65_HS1-834228961_62-HQ-83894_Section_5
Agency: FBI
Page 72
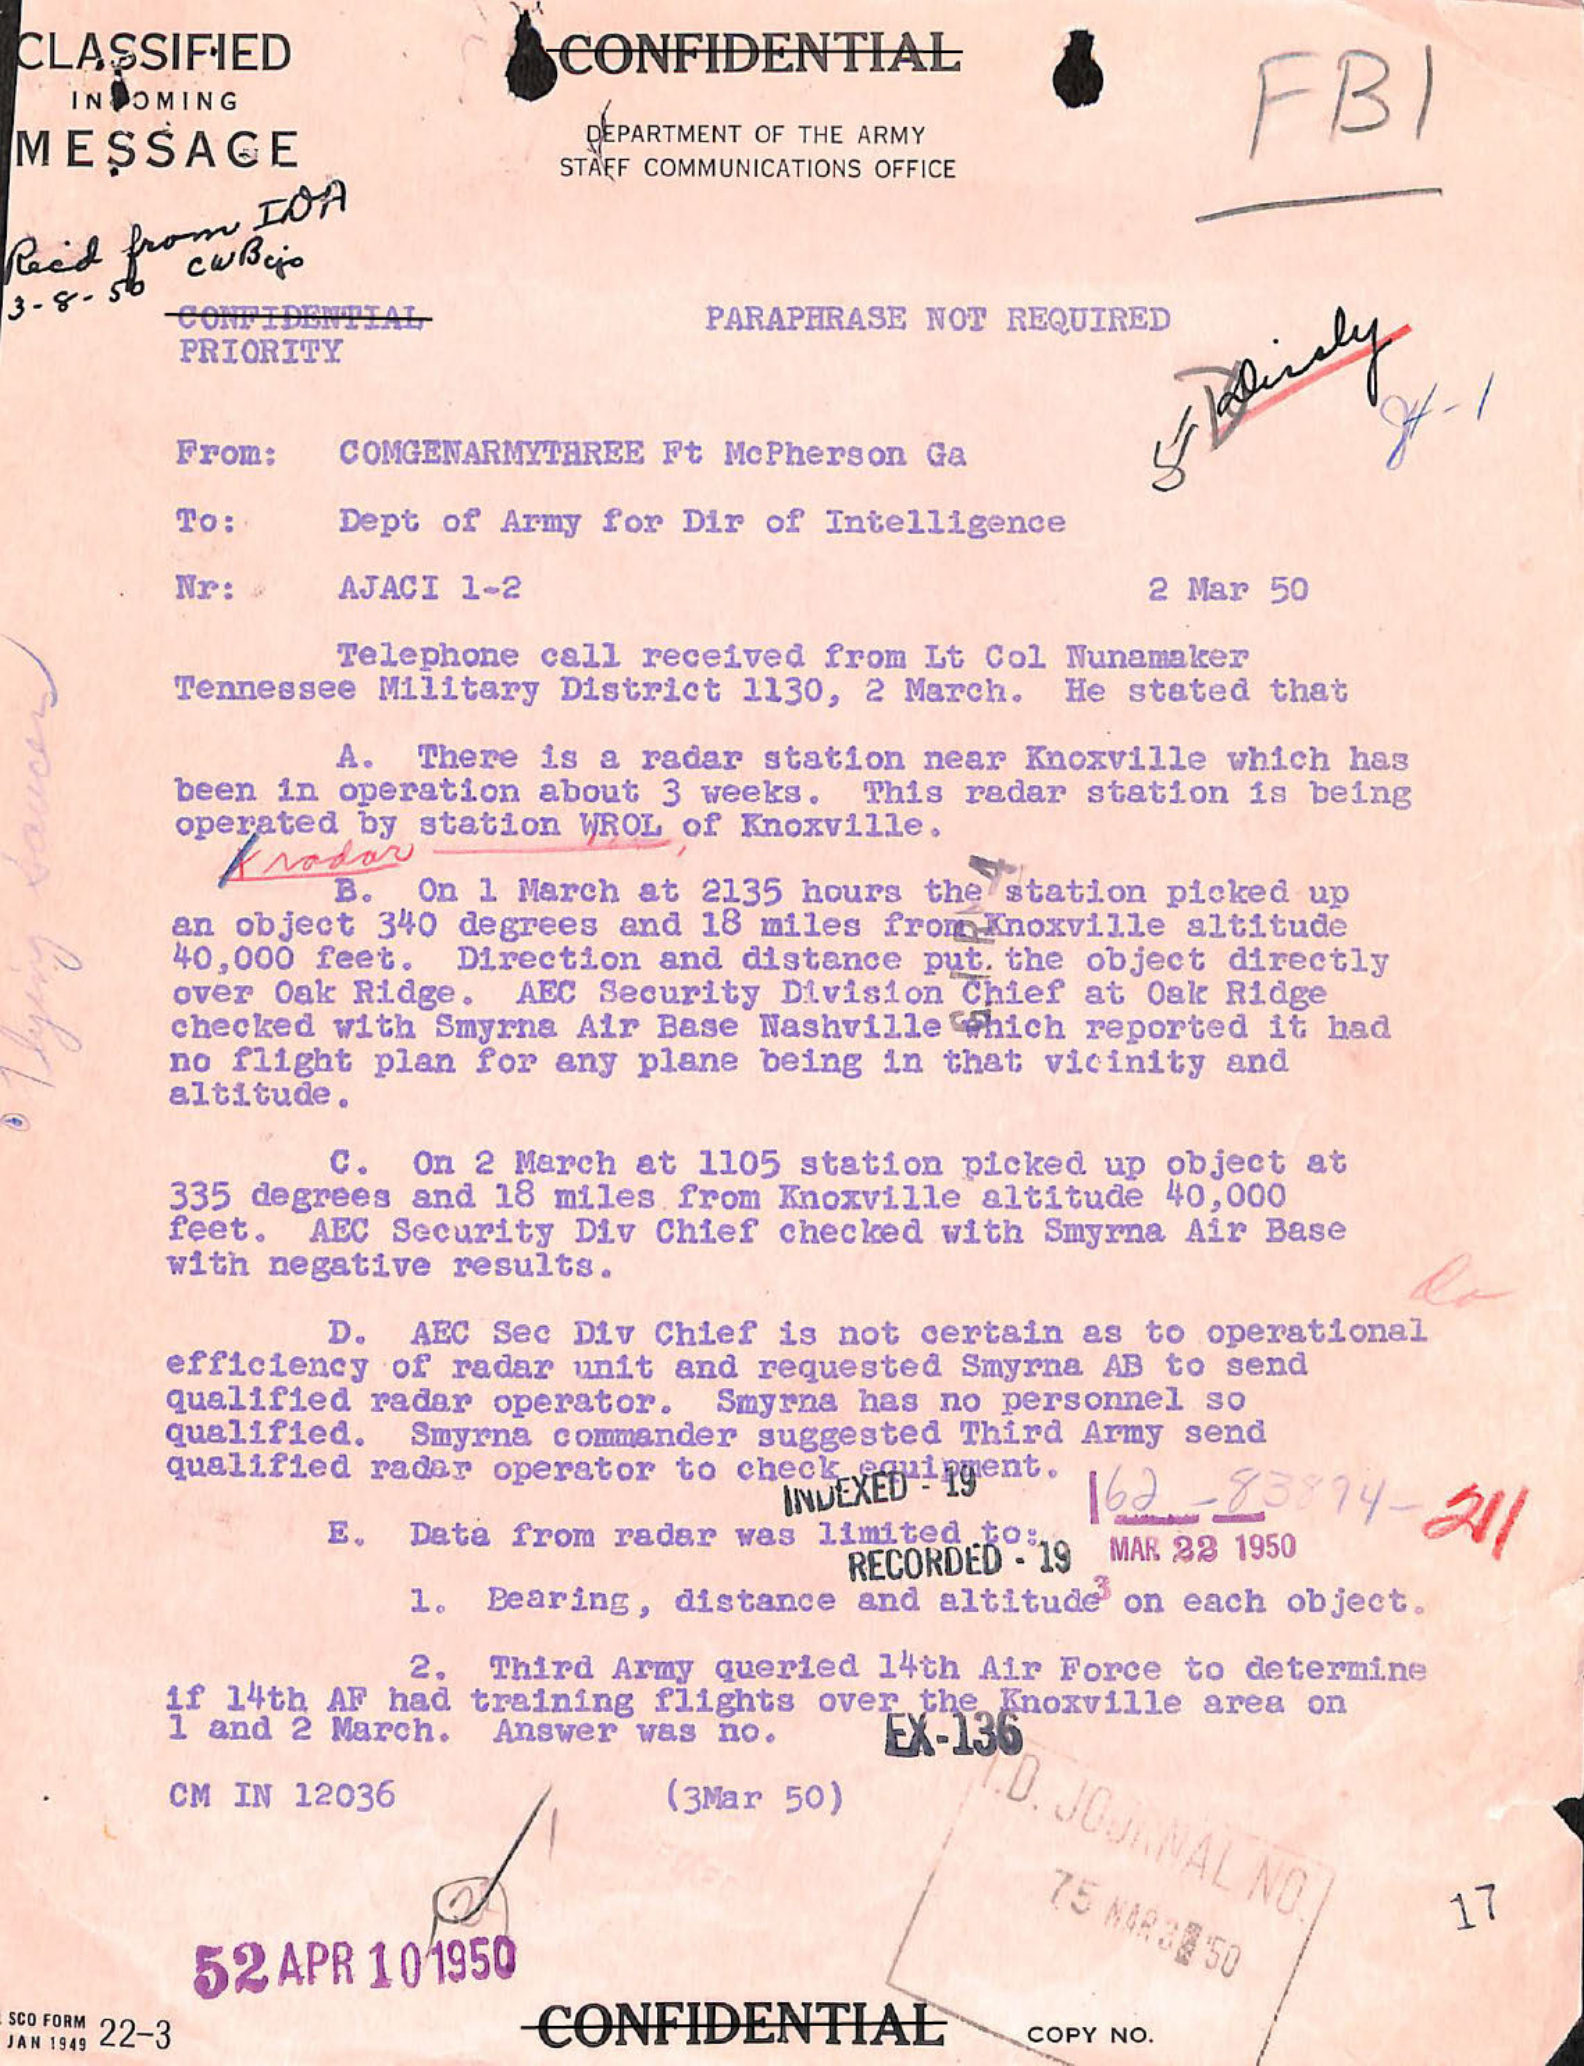